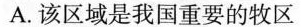
A.该区域是我国重要的牧区